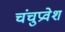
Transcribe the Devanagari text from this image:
चंचुप्रवेश